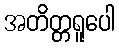
အတိတ္တရူပေါ